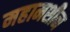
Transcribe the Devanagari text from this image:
महामशीन